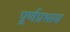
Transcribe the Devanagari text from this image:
पूर्णप्रभाय